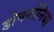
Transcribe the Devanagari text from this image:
डोमनोनिया